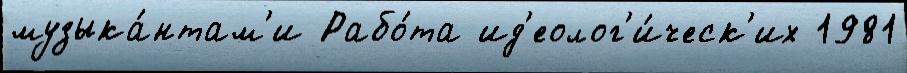
музыка́нтам'и Рабо́та ид'еолог'и́ческ'их 1981